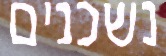
נשכנים